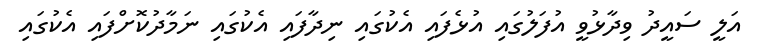
އަލީ ސައީދު ވިދާޅުވީ އުފަލުގައި އުޅެފައި އެކުގައި ނިދާފައި އެކުގައި ނަމާދުކޮށްފައި އެކުގައި